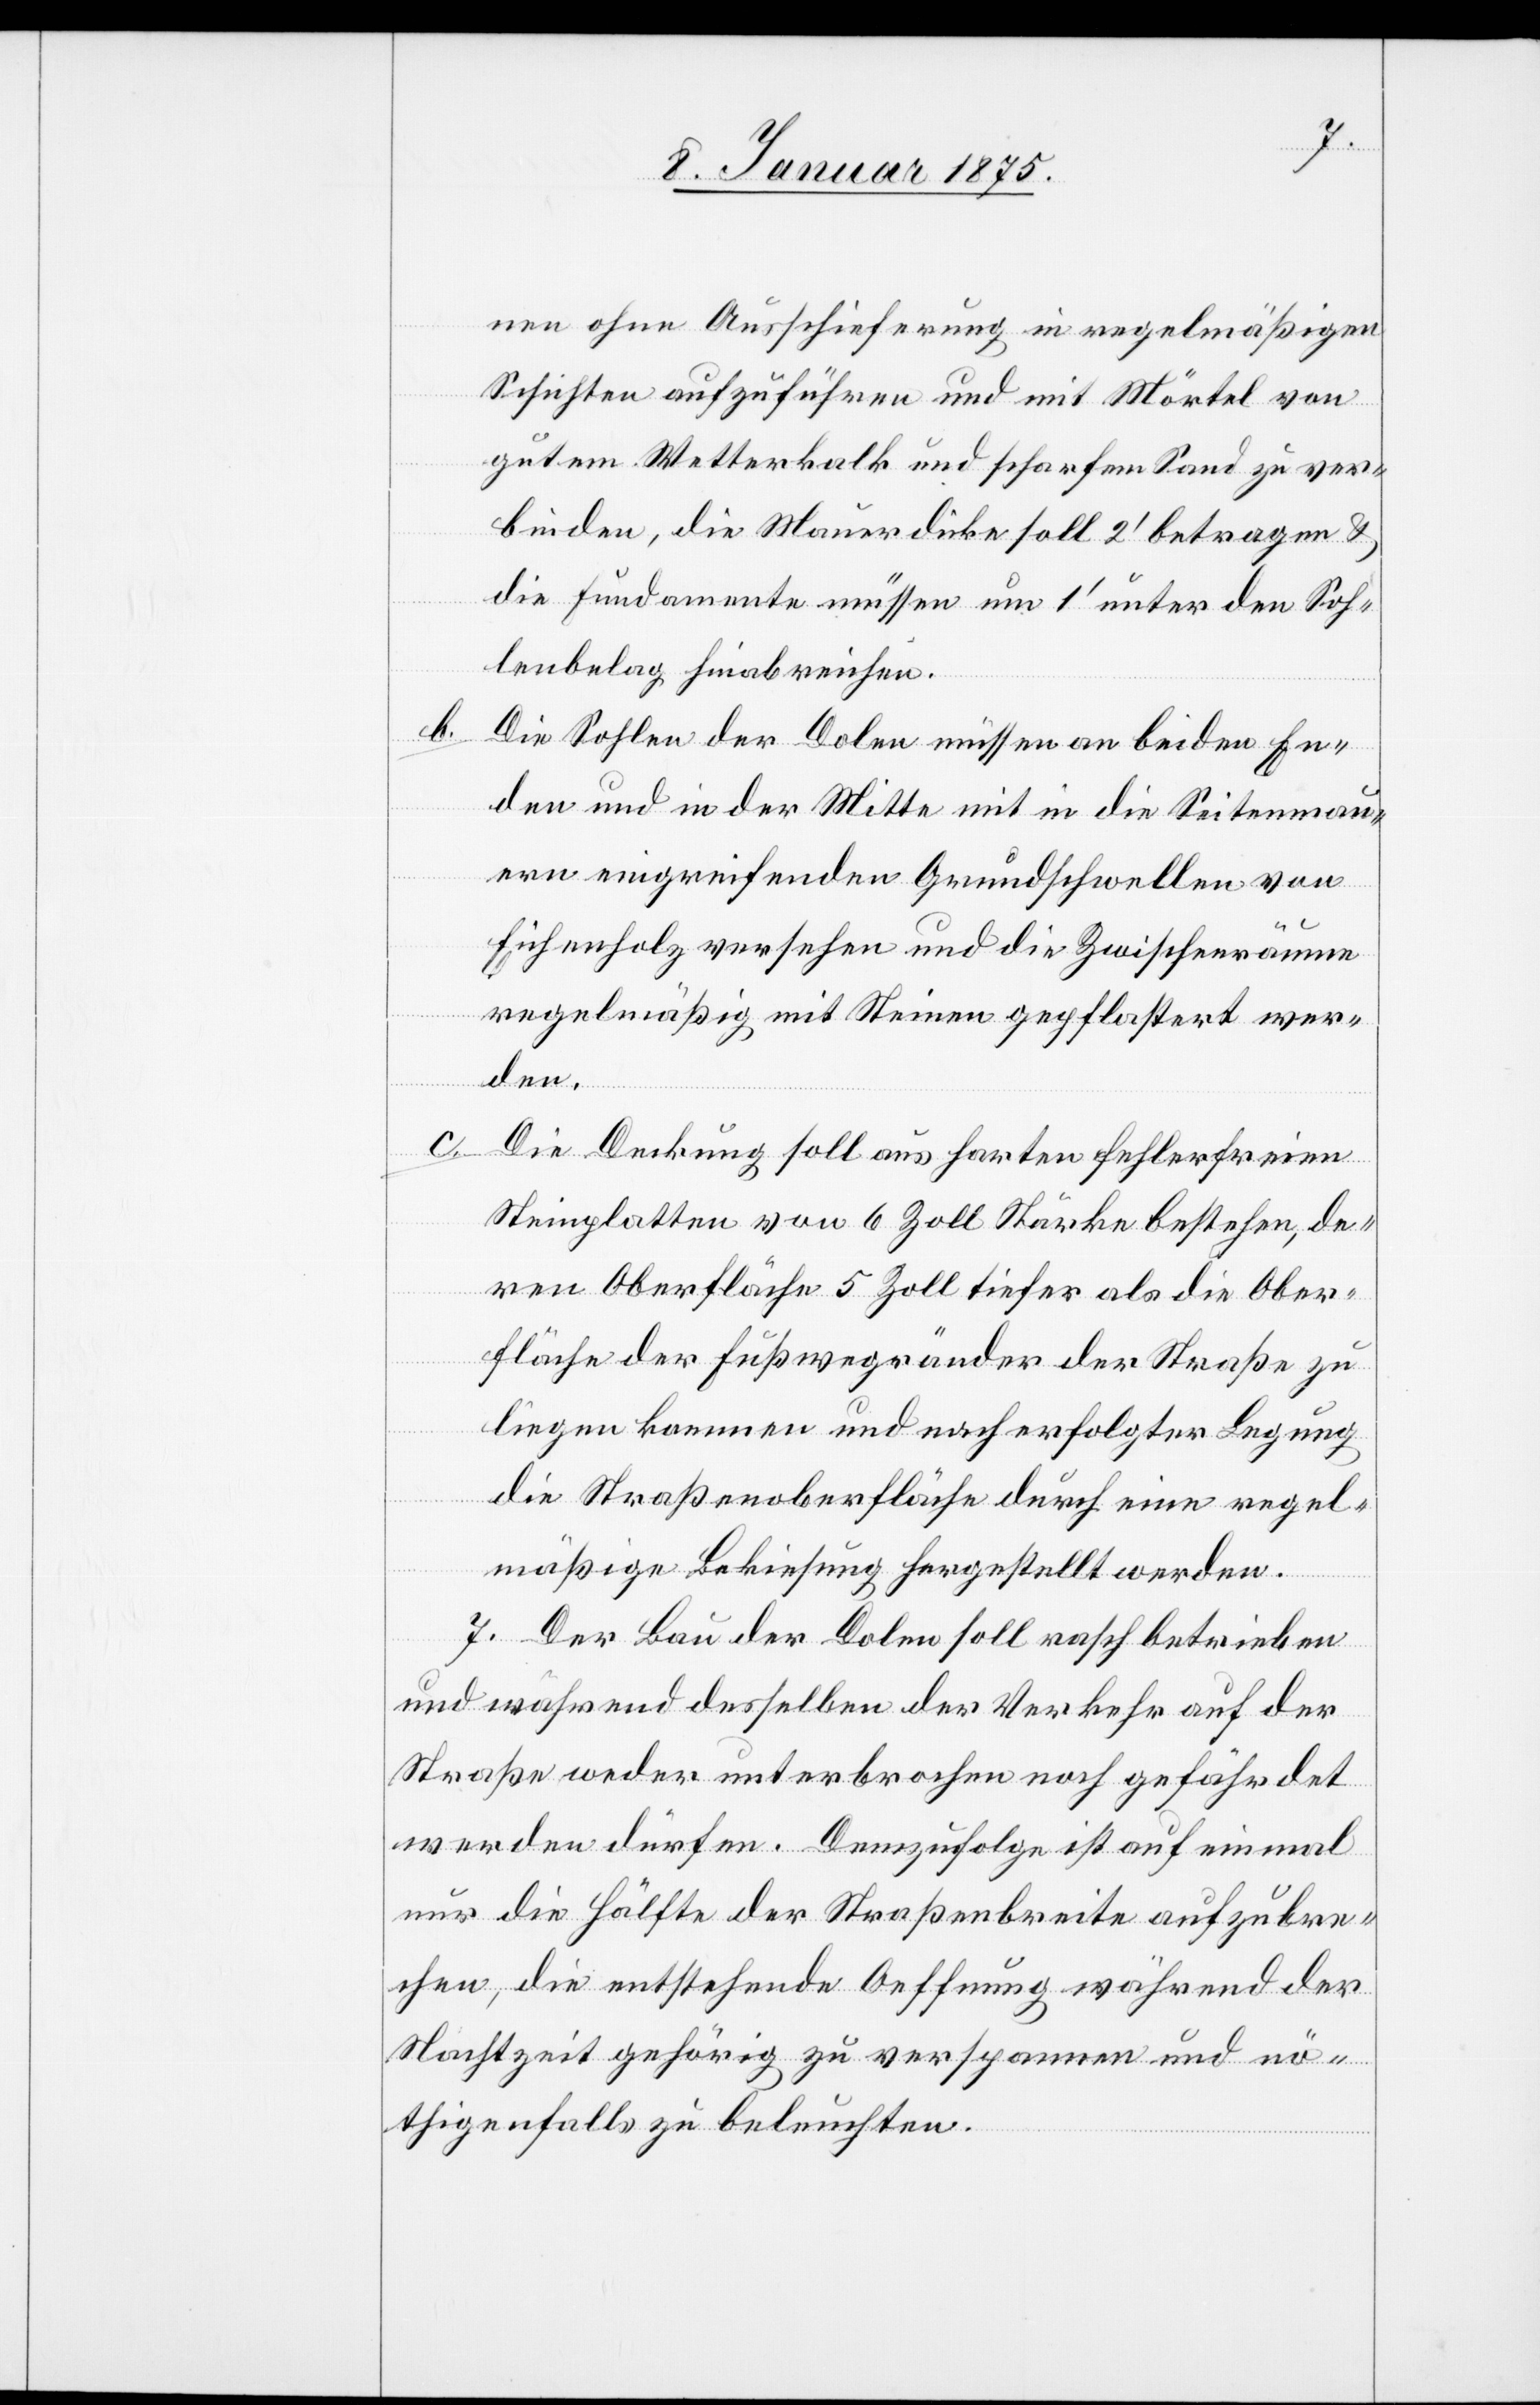
nen ohne Ausschieferung in regelmäßigen
Schichten aufzuführen und mit Mörtel von
gutem Wetterkalk und scharfem Sand zu ver¬
binden, die Mauerdicke soll 2‘ betragen u.
die Fundamente müssen um 1‘ unter den Soh¬
lenbelag hinabreichen.
Die Sohlen der Dolen müssen an beiden En¬
den und in der Mitte mit in die Seitenmau¬
ern eingreifenden Grundschwellen von
Eichenholz versehen und die Zwischenräume
regelmäßig mit Steinen gepflastert wer¬
den.
c.
Die Deckung soll aus harten fehlerfreien
Steinplatten von 6 Zoll Stärke bestehen, de¬
ren Oberfläche 5 Zoll tiefer als die Ober¬
fläche der Fußwegränder der Straße zu
liegen kommen und nach erfolgter Legung
die Straßenoberfläche durch eine regel¬
mäßige Bekiesung hergestellt werden.
7. Der Bau der Dolen soll rasch betrieben
und während desselben der Verkehr auf der
Straße weder unterbrochen noch gefährdet
werden dürfen. Demzufolge ist auf einmal
nur die Hälfte der Straßenbreite aufzubre¬
chen, die entstehende Oeffnung während der
Nachtzeit gehörig zu verspannen und nö¬
thigenfalls zu beleuchten.